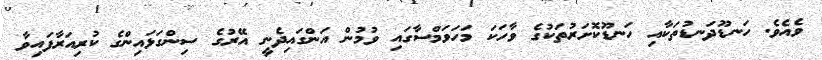
ވެއެވެ. ހަނޑޫދަނޑުތަކާއި ހަނޑޫކޮށަރުތަކުގެ ވާހަކަ މަހަވަމްސާގައި ވުމުން އަންގައިދެނީ އޭރުގެ ސިންގަޅައިންގެ ކުރިއަރާފައިވާ